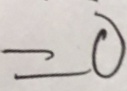
= 0